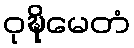
ဝုဍ္ဎိမေတံ